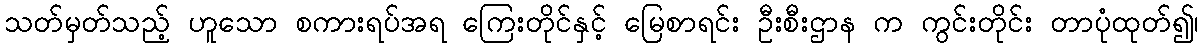
သတ်မှတ်သည့် ဟူသော စကားရပ်အရ ကြေးတိုင်နှင့် မြေစာရင်း ဦးစီးဌာန က ကွင်းတိုင်း တာပုံထုတ်၍၊